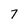
Character: 7